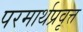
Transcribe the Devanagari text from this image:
परमार्थप्रवृत्त